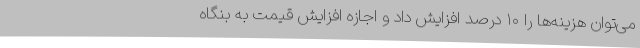
می‌توان هزینه‌ها را ۱۰ درصد افزایش داد و اجازه افزایش قیمت به بنگاه